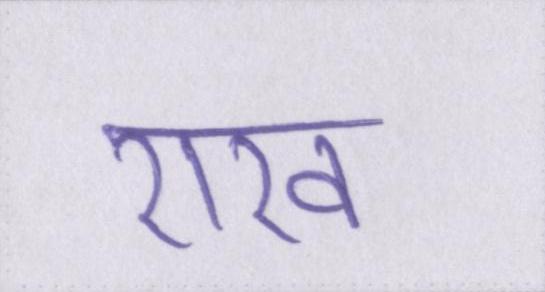
राख